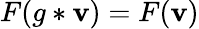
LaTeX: F(g*\mathbf{v})=F(\mathbf{v})